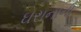
ઘરાનાના